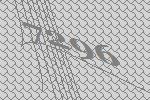
7296